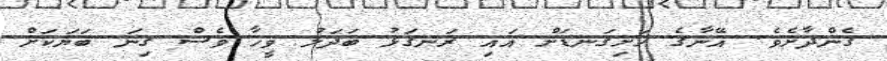
ގެންދާށެވެ. އޭނާގެ ހަށިގަނޑަށް އައި ރަނގަޅު ބަދަލު ވީހާ ވެސް ގިނަ ބަޔަކަށް